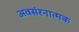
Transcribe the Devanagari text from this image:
अवसंरनात्मक